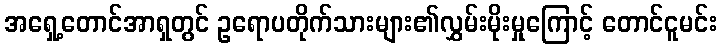
အရှေ့တောင်အာရှတွင် ဥရောပတိုက်သားများ၏လွှမ်းမိုးမှုကြောင့် တောင်ငူမင်း